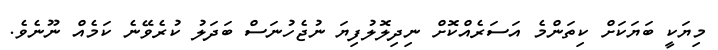
މިޔަކީ ބަޔަކަށް ކިތަންމެ އަސަރެއްކޮށް ނިދިލޮލުފިޔަ ނުޖެހުނަސް ބަދަލު ކުރެވޭނެ ކަމެއް ނޫނެވެ.